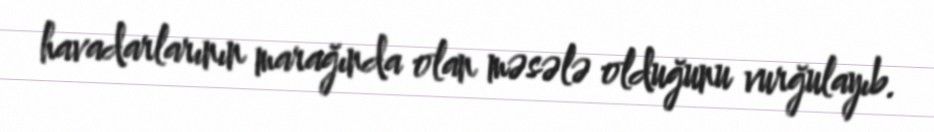
havadarlarının marağında olan məsələ olduğunu vurğulayıb.